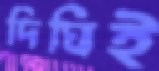
দিঘিই